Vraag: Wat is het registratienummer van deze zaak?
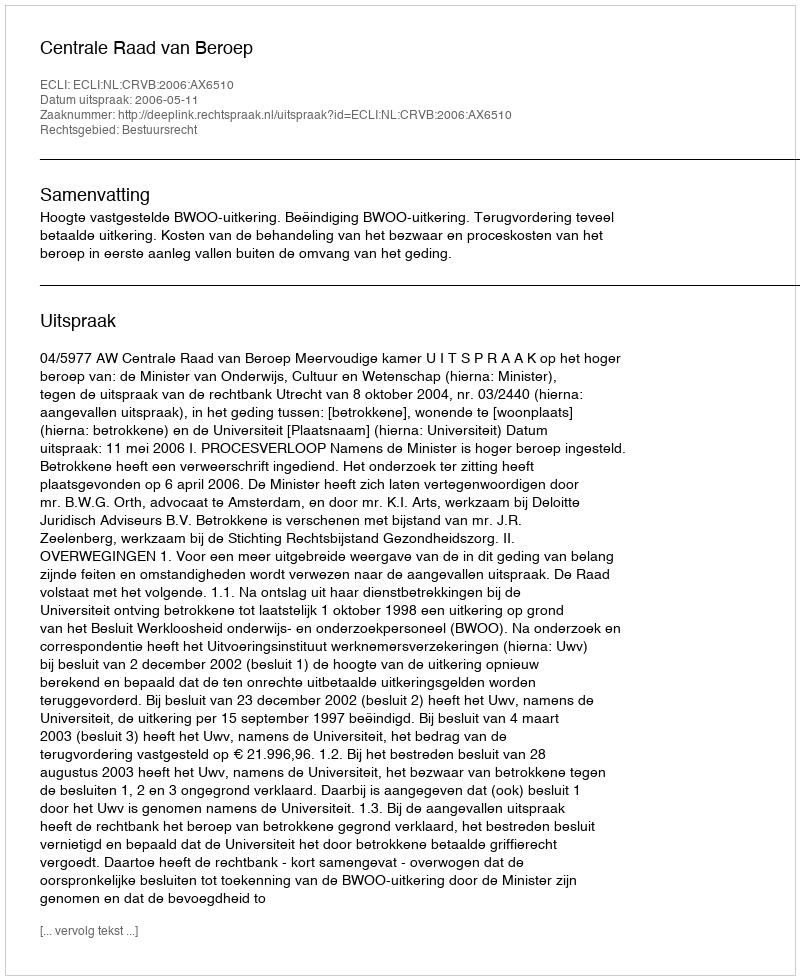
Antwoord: http://deeplink.rechtspraak.nl/uitspraak?id=ECLI:NL:CRVB:2006:AX6510